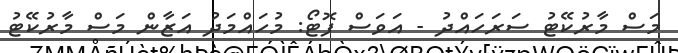
މަސް މާރުކޭޓު ސަރަހައްދު - އަވަސް ފޮޓޯ: މުހައްމަދު އަޒާން މަސް މާރުކޭޓު